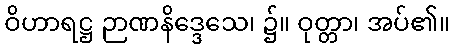
ဝိဟာရဋ္ဌ ဉာဏနိဒ္ဒေသေ၊ ၌။ ဝုတ္တာ၊ အပ်၏။